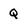
Character: Q